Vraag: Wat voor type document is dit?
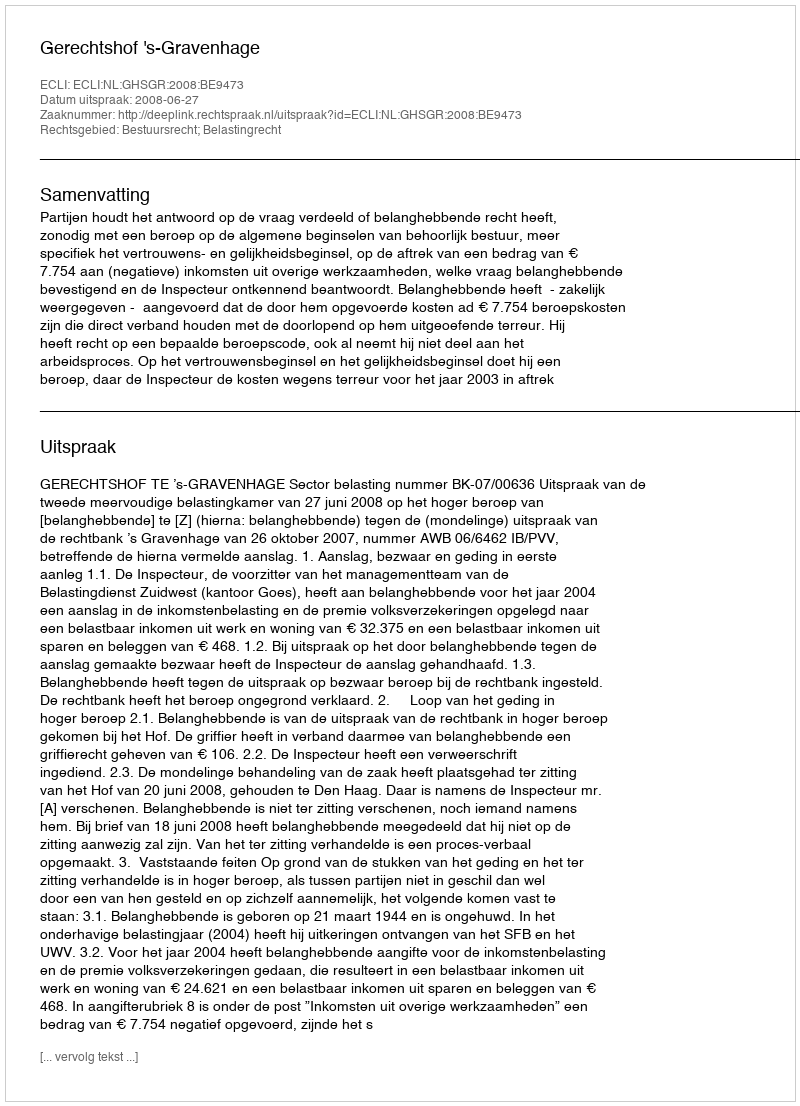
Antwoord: Uitspraak